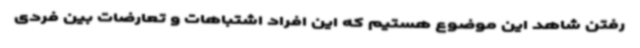
رفتن شاهد این موضوع هستیم که این افراد اشتباهات و تعارضات بین فردی